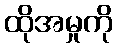
ထိုအမှုကို